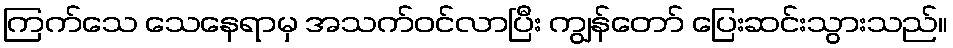
ကြက်သေ သေနေရာမှ အသက်ဝင်လာပြီး ကျွန်တော် ပြေးဆင်းသွားသည်။